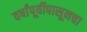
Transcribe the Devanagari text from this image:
वर्षांपूर्वीपासूनचा